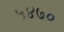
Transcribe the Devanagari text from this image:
५४७०